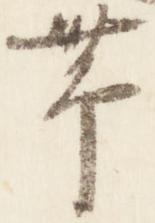
帯